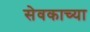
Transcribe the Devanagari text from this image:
सेवकाच्या